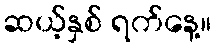
ဆယ့်နှစ် ရက်နေ့။